Vaccine operations Central Provinces & Berar 1922-1929 - 1922-1929
Year: 1922
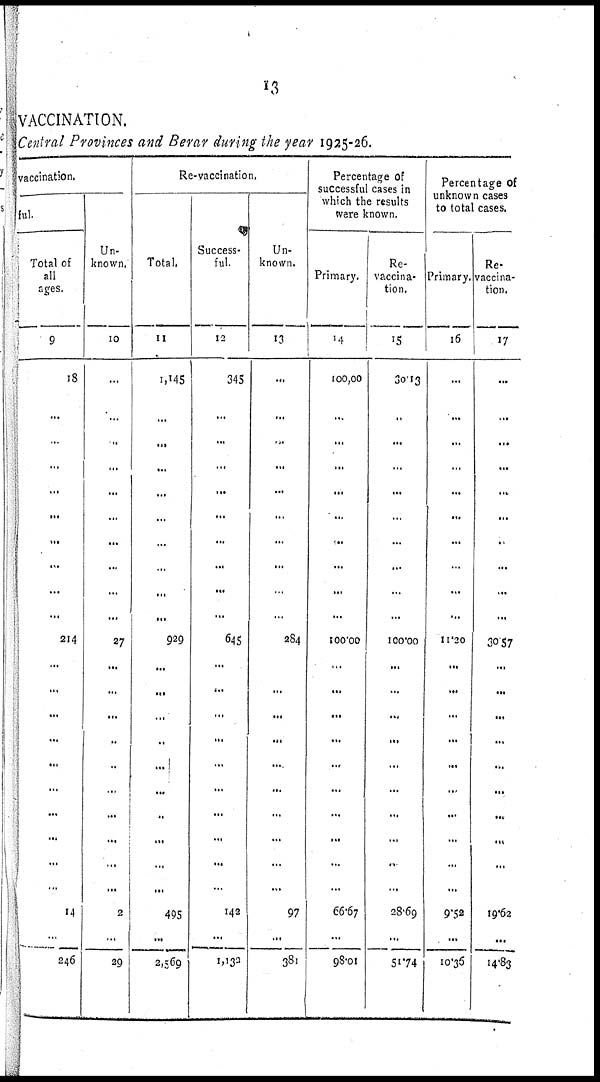
13
VACCINATION.
Central Provinces and Berar during the year 1925-26.
vaccination.
ful.
Total of
all
ages.
9
18
...
..
...
...
...
...
...
...
...
214
...
...
...
...
...
...
...
...
...
...
14
...
246
Un-
known.
10
...
...
..
...
...
...
...
...
...
...
27
...
...
...
..
..
...
...
...
...
...
2
...
29
Re-vaccination.
Total.
11
1,145
...
...
...
...
...
...
..
...
...
929
...
...
...
..
...
...
..
...
...
...
495
...
2,569
Success-
ful.
12
345
...
...
...
...
...
...
...
...
...
645
...
...
...
...
...
...
...
...
...
...
142
...
1,132
Un-
known.
13
...
...
...
...
...
...
...
...
...
...
284
...
...
...
...
...
...
...
...
...
...
97
...
381
Percentage of
successful cases in
which the results
were known.
Primary.
14
100,00
...
...
...
...
...
...
...
...
...
100.00
...
...
...
...
...
...
...
...
...
...
66.67
...
98.01
Re-
vaccina-
tion.
15
30.13
..
...
...
...
...
...
...
...
...
100.00
...
...
...
...
...
...
...
...
...
...
28.69
...
51.74
Percentage of
unknown cases
to total cases.
Primary.
16
...
...
...
...
...
...
...
...
...
...
11.20
...
...
...
...
...
...
...
...
...
...
9.52
...
10.36
Re-
vaccina-
tion.
17
...
...
...
...
...
...
..
...
...
...
30.57
...
...
...
...
...
...
...
...
...
...
19.62
...
14.83